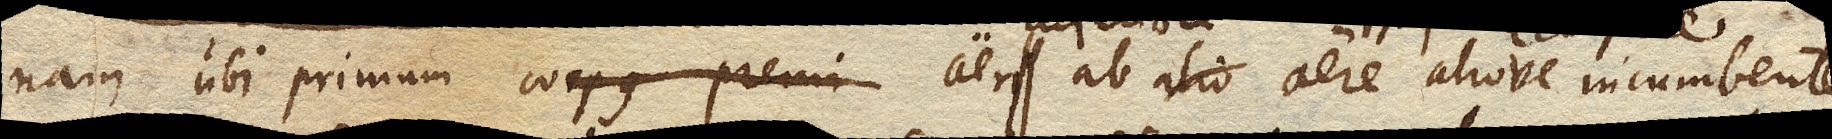
nam ubi primum corpus premi aeri ab aere aliove aer ab inferiore aere aliove incumbente